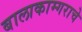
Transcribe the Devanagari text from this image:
बालाकाम्गराचे